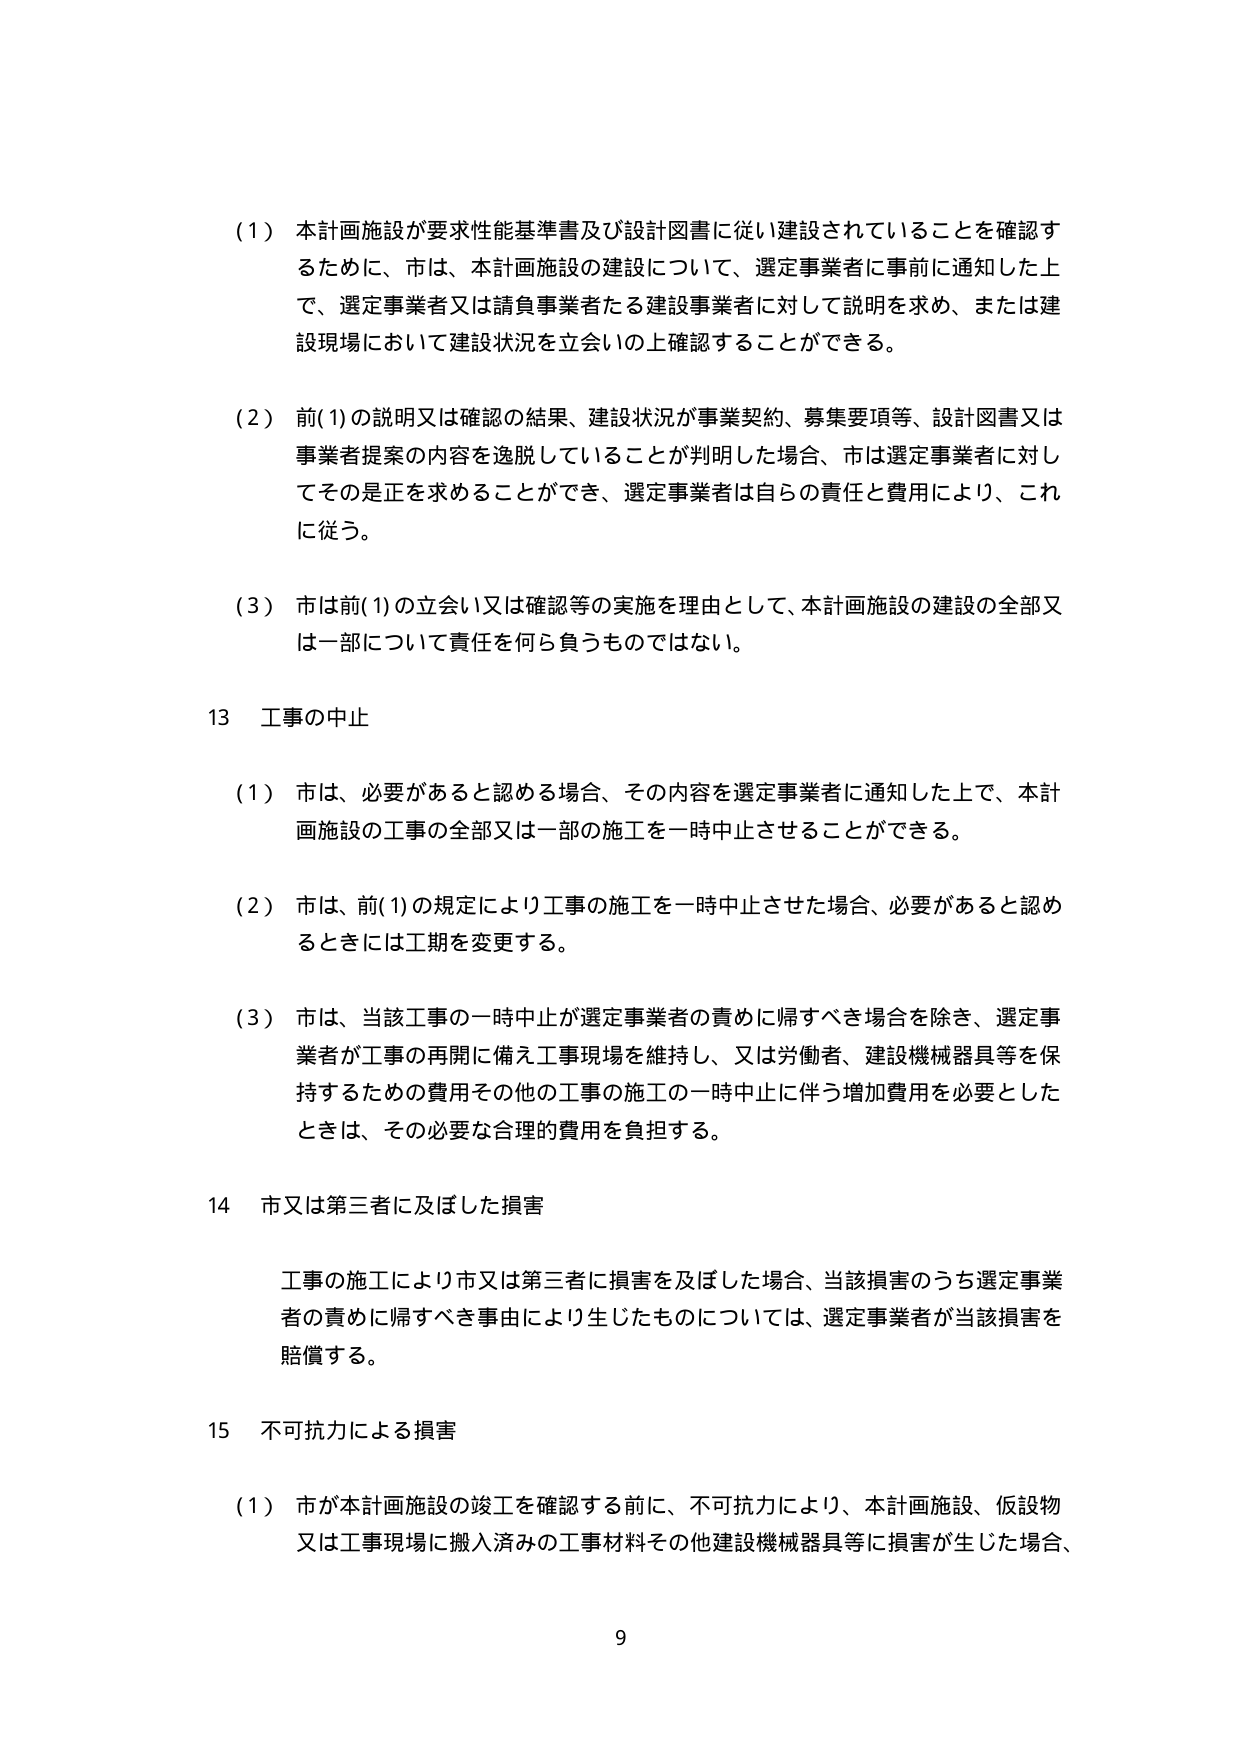
（１）本計画施設が要求性能基準書及び設計図書に従い建設されていることを確認するためには、市は、本計画施設の建設について、選定事業者に事前に通知した上で、選定事業者又は請負事業者たる建設事業者に対して説明を求め、または建設現場において建設状況を立会いの上確認することができる。

（２）前(1)の説明又は確認の結果、建設状況が事業契約、募集要項等、設計図書又は事業者提案の内容を逸脱していることが判明した場合、市は選定事業者に対してその是正を求めることができ、選定事業者は自らの責任と費用により、これに従う。

（３）市は前(1)の立会い又は確認等の実施を理由として、本計画施設の建設の全部又は一部について責任を何ら負うものではない。

13 工事の中止

（１）市は、必要があると認める場合、その内容を選定事業者に通知した上で、本計画施設の工事の全部又は一部の施工を一時中止させることができる。

（２）市は、前(1)の規定により工事の施工を一時中止させた場合、必要があると認めるときには工期を変更する。

（３）市は、当該工事の一時中止が選定事業者の責めに帰すべき場合を除き、選定事業者が工事の再開に備え工事現場を維持し、又は労働者、建設機械器具等を保持するための費用その他の工事の施工の一時中止に伴う増加費用を必要としたときは、その必要な合理的費用を負担する。

14 市又は第三者に及ぼした損害

工事の施工により市又は第三者に損害を及ぼした場合、当該損害のうち選定事業者の責めに帰すべき事由により生じたものについては、選定事業者が当該損害を賠償する。

15 不可抗力による損害

（１）市が本計画施設の竣工を確認する前に、不可抗力により、本計画施設、仮設物又は工事現場に搬入済みの工事材料その他建設機械器具等に損害が生じた場合、

9